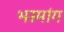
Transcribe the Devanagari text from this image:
भस्मांग